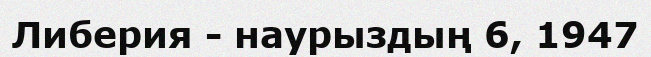
Либерия - наурыздың 6, 1947